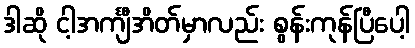
ဒါဆို ငါ့အင်္ကျီအိတ်မှာလည်း စွန်းကုန်ပြီပေါ့